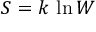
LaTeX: S = k \, \ln W